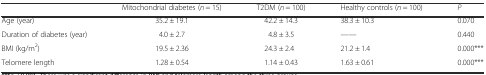
|  | Mitochondrial diabetes (n = 15) | T2DM (n = 100) | Healthy controls (n = 100) | P |
 | --- | --- | --- | --- | --- |
 | Age (year) | 35.2 ± 19.1 | 42.2 ± 14.3 | 38.3 ± 10.3 | 0.070 |
 | Duration of diabetes (year) | 4.0 ± 2.7 | 4.8 ± 3.5 | —— | 0.440 |
 | BMI (kg/m2) | 19.5 ± 2.36 | 24.3 ± 2.4 | 21.2 ± 1.4 | 0.000*** |
 | Telomere length | 1.28 ± 0.54 | 1.14 ± 0.43 | 1.63 ± 0.61 | 0.000*** |